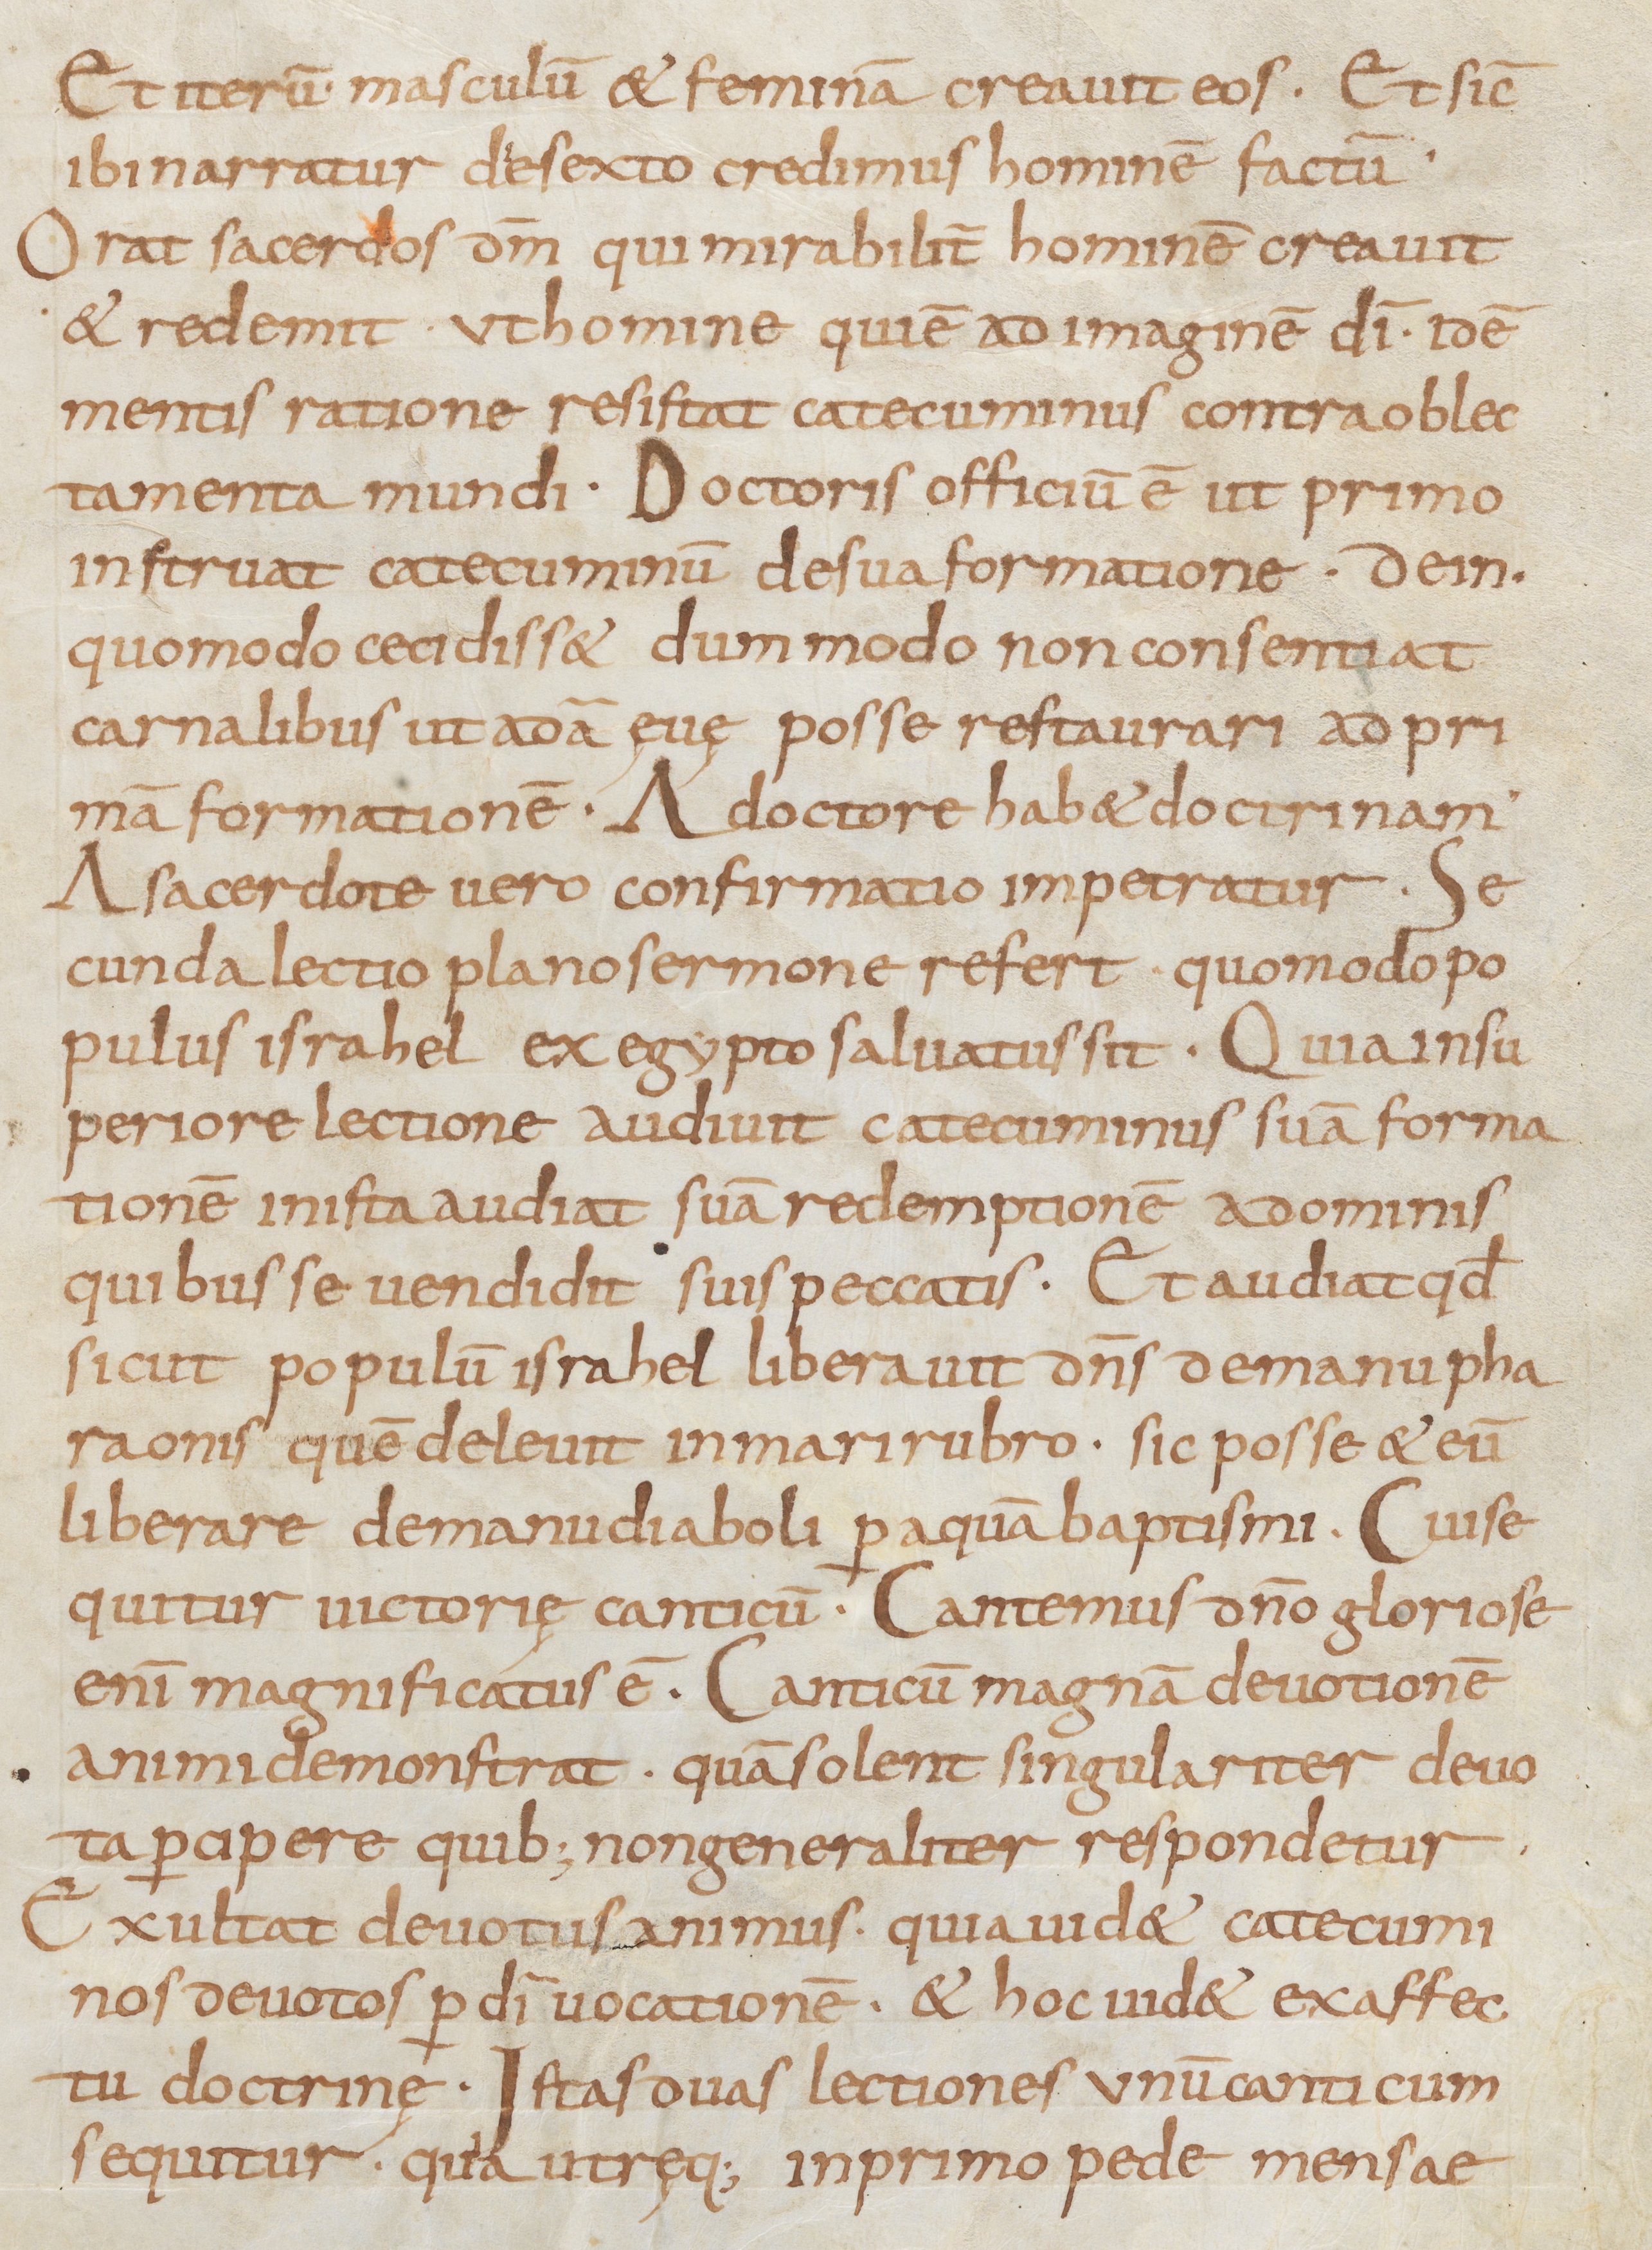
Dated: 800–899